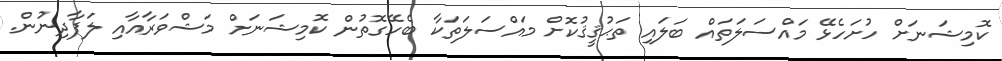
ކޮމިޝަނަށް ހުށަހެޅޭ މައްސަލަތައް ބަލައި ތަޙުޤީޤުކޮށް މައްސަލަތަކާ ބެހޭގޮތުން ކޮމިޝަނަށް މަޝްވަރާއާއި ލަފާދިނުން.